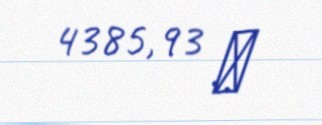
4385,93 ₼